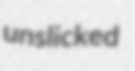
unslicked